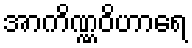
အာကိဏ္ဏဝိဟာရေ